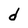
Character: d